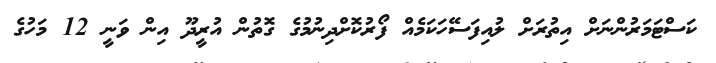
ކަސްޓަމަރުންނަށް އިތުރަށް ލުއިފަސޭހަކަމެއް ފޯރުކޮށްދިނުމުގެ ގޮތުން އުރީދޫ އިން ވަނީ 12 މަހުގެ